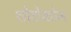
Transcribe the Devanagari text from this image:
शोटोकोन